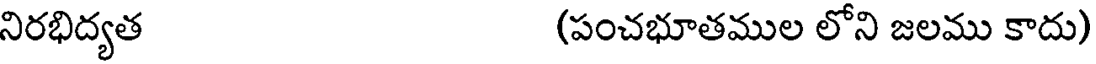
నిరభిద్యత (పంచభూతముల లోని జలము కాదు)